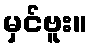
မှင်ဗူး။